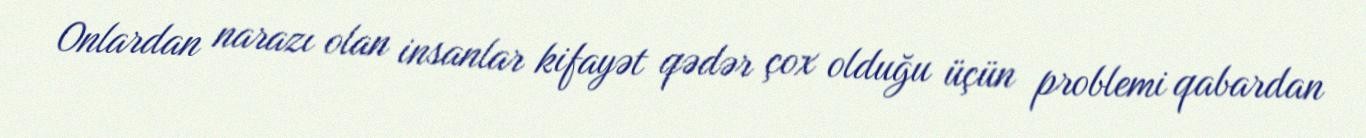
Onlardan narazı olan insanlar kifayət qədər çox olduğu üçün problemi qabardan